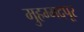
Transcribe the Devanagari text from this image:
मुहम्मदपूर